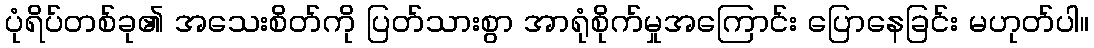
ပုံရိပ်တစ်ခု၏ အသေးစိတ်ကို ပြတ်သားစွာ အာရုံစိုက်မှုအကြောင်း ပြောနေခြင်း မဟုတ်ပါ။